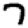
Digit: 7